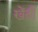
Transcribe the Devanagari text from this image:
खेंती